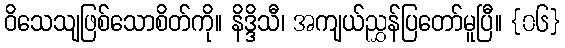
ဝိသေသျဖြစ်သောစိတ်ကို။ နိဒ္ဒိသီ၊ အကျယ်ညွှန်ပြတော်မူပြီ။ {၀၆}